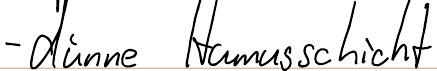
- dünne Humusschicht